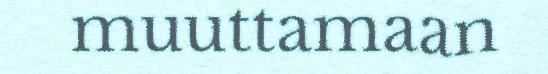
muuttamaan